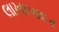
લાખાપાદર